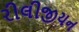
રીલીજીયન